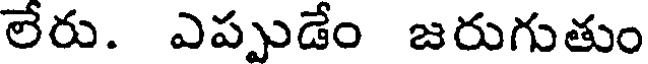
లేరు. ఎప్పుడేం జరుగుతుం